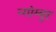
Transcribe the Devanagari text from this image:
न्गांग्युर